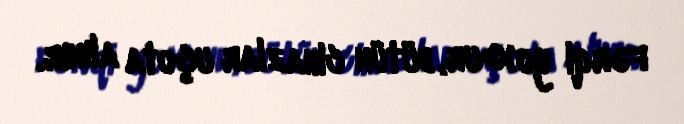
fərqi yoxdur, bütün cihazlar uçota alınır.